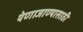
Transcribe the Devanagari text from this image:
येणाजाण्यासाठी